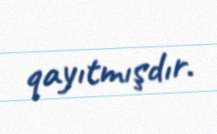
qayıtmışdır.